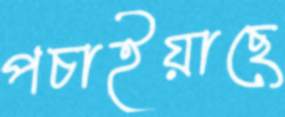
পচাইয়াছে